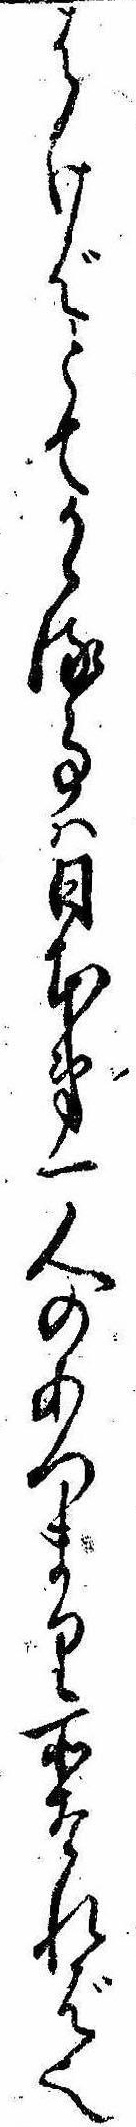
はけばとてかゝる事は日本第一人のあつまり所なれば也